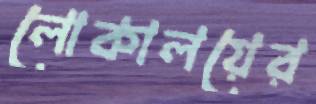
লোকালয়ের